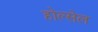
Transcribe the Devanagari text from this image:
होल्सेल